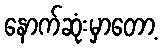
နောက်ဆုံးမှာတော့